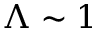
\Lambda \sim 1